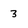
Character: 3